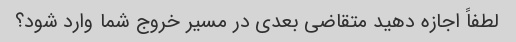
لطفاً اجازه دهید متقاضی بعدی در مسیر خروج شما وارد شود؟